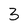
Character: 3